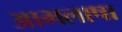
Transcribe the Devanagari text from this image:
आभलाषा